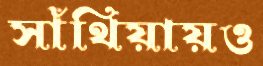
সাঁথিয়ায়ও